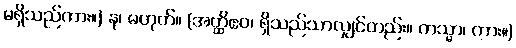
မရှိသည်ကား။) န၊ မဟုတ်။ (အတ္ထိဧဝ၊ ရှိသည်သာလျှင်တည်း။ ကသ္မာ၊ ကား။)